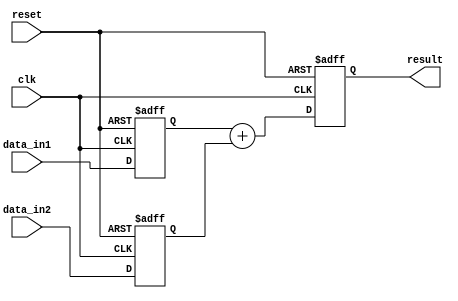
module fixed_point_adder(
  input [7:0] data_in1,
  input [7:0] data_in2,
  input         clk,
  input         reset,
  output reg [7:0] result
);

reg [7:0] reg_in1;
reg [7:0] reg_in2;

always @(posedge clk or posedge reset) begin
  if (reset) begin
    reg_in1 <= 8'b0;
    reg_in2 <= 8'b0;
    result <= 8'b0;
  end else begin
    reg_in1 <= data_in1;
    reg_in2 <= data_in2;
    result <= reg_in1 + reg_in2;
  end
end

endmodule